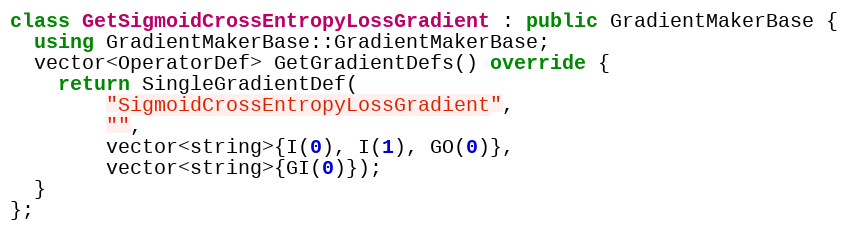
Language: C++
class GetSigmoidCrossEntropyLossGradient : public GradientMakerBase {
  using GradientMakerBase::GradientMakerBase;
  vector<OperatorDef> GetGradientDefs() override {
    return SingleGradientDef(
        "SigmoidCrossEntropyLossGradient",
        "",
        vector<string>{I(0), I(1), GO(0)},
        vector<string>{GI(0)});
  }
};